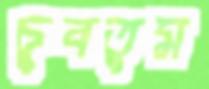
চুবতুম